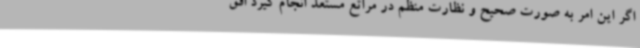
اگر این امر به صورت صحیح و نظارت منظم در مراتع مستعد انجام گیرد افق